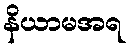
နိယာမအရ